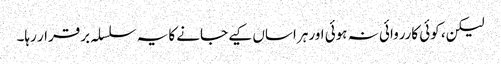
لیکن، کوئی کارروائی نہ ہوئی اور ہراساں کیے جانے کا یہ سلسلہ برقرار رہا۔